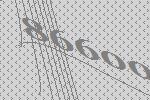
86600